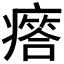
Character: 𤺥